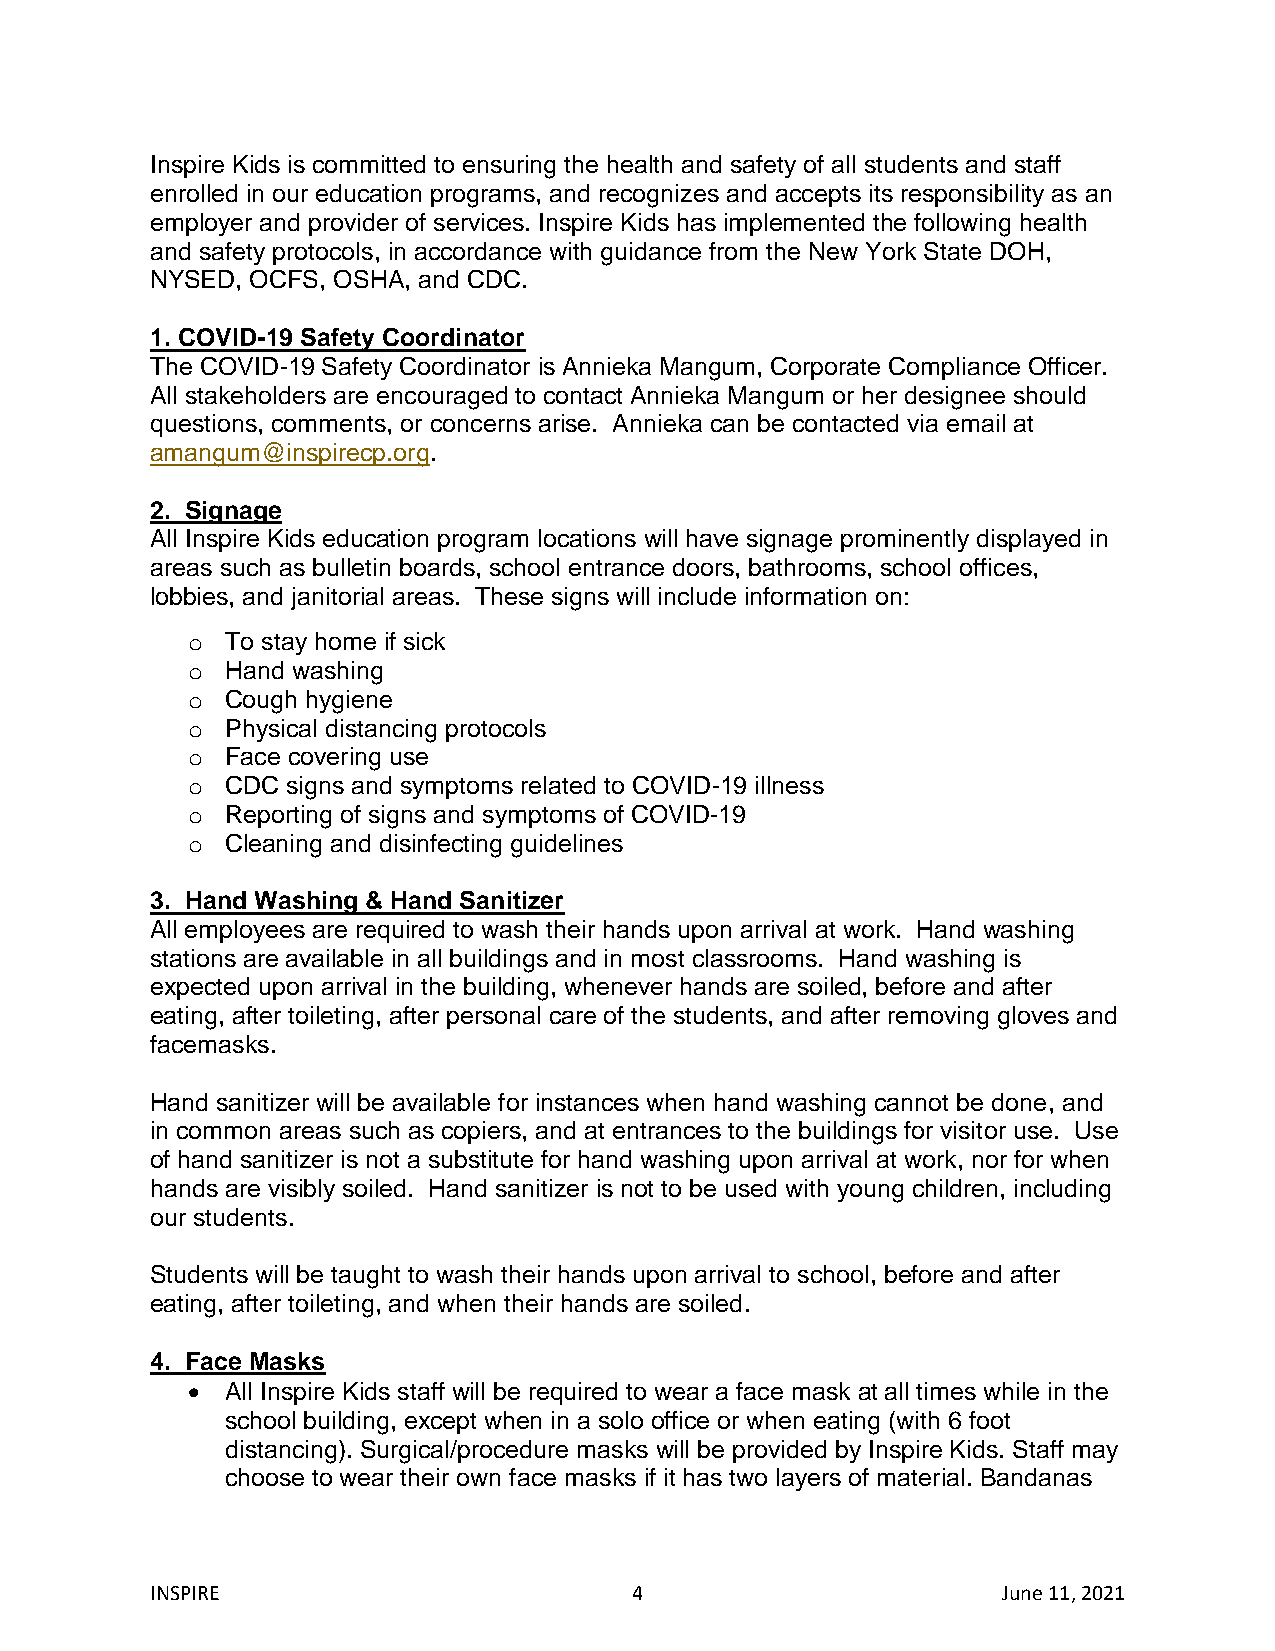
Inspire Kids is committed to ensuring the health and safety of all students and staff
 enrolled in our education programs, and recognizes and accepts its responsibility as an
 employer and provider of services. Inspire Kids has implemented the following health
 and safety protocols, in accordance with guidance from the New York State DOH,
 NYSED, OCFS, OSHA, and CDC.
 1. COVID-19 Safety Coordinator
 The COVID-19 Safety Coordinator is Annieka Mangum, Corporate Compliance Officer.
 All stakeholders are encouraged to contact Annieka Mangum or her designee should
 questions, comments, or concerns arise. Annieka can be contacted via email at
 amangum@inspirecp.org.
 2. Signage
 All Inspire Kids education program locations will have signage prominently displayed in
 areas such as bulletin boards, school entrance doors, bathrooms, school offices,
 lobbies, and janitorial areas. These signs will include information on:
 o  To stay home if sick
 o  Hand washing
 o  Cough hygiene
 o  Physical distancing protocols
 o  Face covering use
 o  CDC signs and symptoms related to COVID-19 illness
 o  Reporting of signs and symptoms of COVID-19
 o  Cleaning and disinfecting guidelines
 3. Hand Washing & Hand Sanitizer
 All employees are required to wash their hands upon arrival at work. Hand washing
 stations are available in all buildings and in most classrooms. Hand washing is
 expected upon arrival in the building, whenever hands are soiled, before and after
 eating, after toileting, after personal care of the students, and after removing gloves and
 facemasks.
 Hand sanitizer will be available for instances when hand washing cannot be done, and
 in common areas such as copiers, and at entrances to the buildings for visitor use. Use
 of hand sanitizer is not a substitute for hand washing upon arrival at work, nor for when
 hands are visibly soiled. Hand sanitizer is not to be used with young children, including
 our students.
 Students will be taught to wash their hands upon arrival to school, before and after
 eating, after toileting, and when their hands are soiled.
 4. Face Masks
   All Inspire Kids staff will be required to wear a face mask at all times while in the
 school building, except when in a solo office or when eating (with 6 foot
 distancing). Surgical/procedure masks will be provided by Inspire Kids. Staff may
 choose to wear their own face masks if it has two layers of material. Bandanas
 INSPIRE                         4                       June 11, 2021